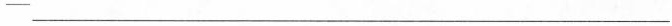
-___